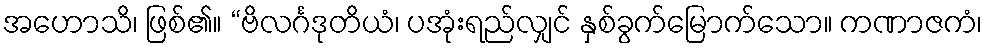
အဟောသိ၊ ဖြစ်၏။ “ဗိလင်္ဂဒုတိယံ၊ ပအုံးရည်လျှင် နှစ်ခွက်မြောက်သော။ ကဏာဇကံ၊